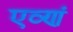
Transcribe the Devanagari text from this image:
एव्णं